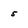
Character: 5